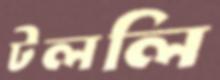
টললি